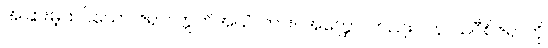
အခြားမဲ့ထင်သော ဇရာ။ ဣတိအယံ၊ ကား။ အတ္ထော၊ တည်း။ ပန၊ သဝီစိဇရာကို